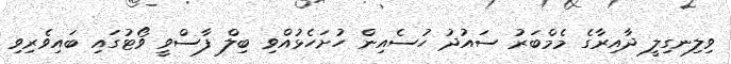
ވިލިނގިލީ ދާއިރާގެ މެމްބަރު ސައުދު ހުސެއިން ހުށަހެޅުއްވި ބިލް ފާސްވީ ވޯޓުގައި ބައިވެރިވި